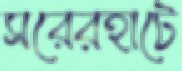
সরেরহাটে